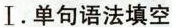
Ⅰ.单句语法填空